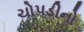
ચોપડીનો